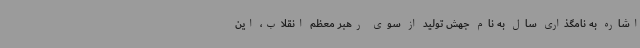
اشاره به نامگذاری سال به نام جهش تولید از سوی رهبر معظم انقلاب، این